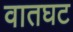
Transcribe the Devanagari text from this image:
वातघट